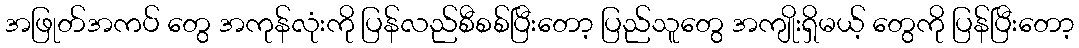
အဖြုတ်အကပ် တွေ အကုန်လုံးကို ပြန်လည်စီစစ်ပြီးတော့ ပြည်သူတွေ အကျိုးရှိမယ့် တွေကို ပြန်ပြီးတော့